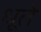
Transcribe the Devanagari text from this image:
धूते